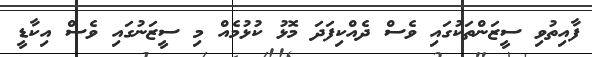
ފާއިތުވި ސީޒަންތަކުގައި ވެސް ދެއްކިފަދަ މޮޅު ކުޅުމެއް މި ސީޒަނުގައި ވެސް އިކާޑީ